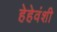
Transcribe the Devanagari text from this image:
हेहेवंशी